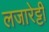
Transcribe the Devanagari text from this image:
लजारेट्टी